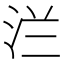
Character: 㳕